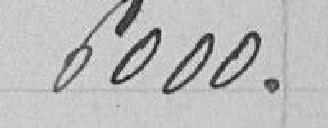
6000 .